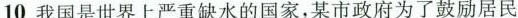
10.我国是世界上严重缺水的国家，某市政府为了鼓励居民